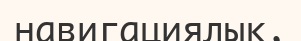
навигациялық,